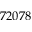
7 2 0 7 8